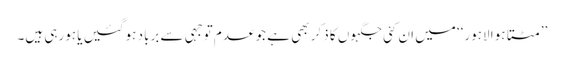
’’مٹتا ہوا لاہور‘‘ میں ان کئی جگہوں کا ذکر بھی ہے جو عدم توجہی سے برباد ہوگئیں یا ہورہی ہیں۔